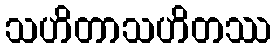
သဟိတာသဟိတဿ